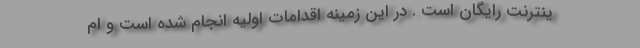
ینترنت رایگان است . در این زمینه اقدامات اولیه انجام شده است و ام